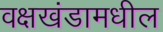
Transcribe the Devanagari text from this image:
वक्षखंडामधील